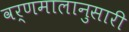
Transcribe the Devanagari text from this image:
वर्णमालानुसारी